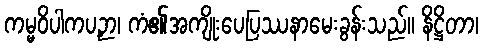
ကမ္မဝိပါကပဉှာ၊ ကံ၏အကျိုးပေပြဿနာမေးခွန်းသည်။ နိဋ္ဌိတာ၊